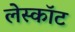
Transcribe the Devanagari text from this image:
लेस्कॉट